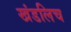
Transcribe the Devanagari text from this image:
खंडलिच